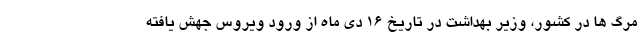
مرگ ها در کشور، وزیر بهداشت در تاریخ 16 دی ماه از ورود ویروس جهش یافته